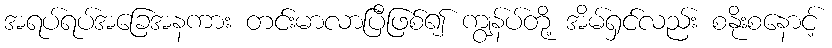
အရပ်ရပ်အခြေအနကား တင်းမာလာပြီဖြစ်၍ ကျွန်ပ်တို့ အိမ်ရှင်လည်း စနိုးစနောင့်